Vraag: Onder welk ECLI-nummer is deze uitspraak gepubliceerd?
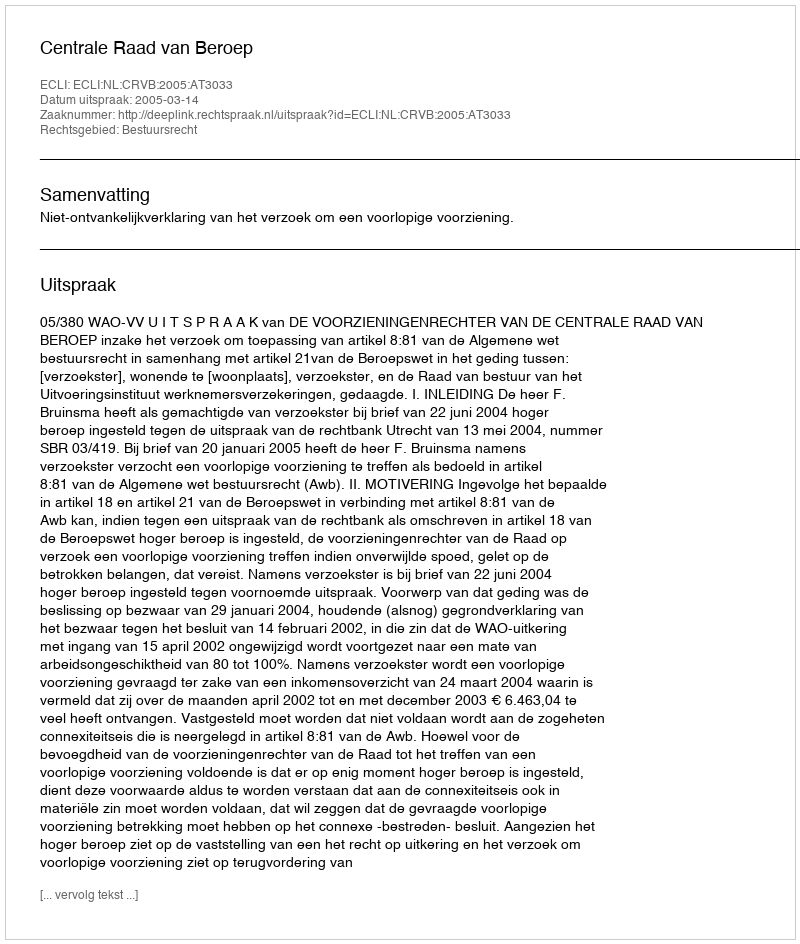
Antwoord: ECLI:NL:CRVB:2005:AT3033